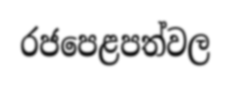
රජපෙළපත්වල